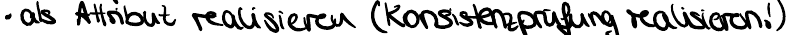
- als Attribut realisieren (Konsistenzprüfung realisieren!)